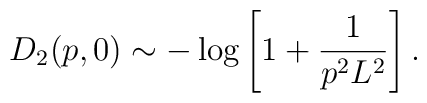
D_2(p,0) \sim - \log\left[1+\frac{1}{p^2L^2}\right].